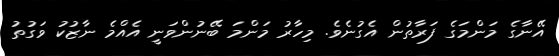
އޭނާގެ މަންމަގެ ފަރާތުން އެގުނެވެ. މިހާރު މަންމަ ބޭނުންވަނީ އެއްމެ ނާޒުކު ވަގުތު